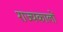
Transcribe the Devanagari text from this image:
राज्यकालों